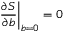
\left. \frac { \partial S } { \partial b } \right| _ { b = 0 } = 0